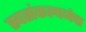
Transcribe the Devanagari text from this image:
स्वसंकल्पनेचा